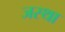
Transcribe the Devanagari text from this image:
जस्था